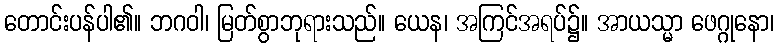
တောင်းပန်ပါ၏။ ဘဂဝါ၊ မြတ်စွာဘုရားသည်။ ယေန၊ အကြင်အရပ်၌။ အာယသ္မာ ဖေဂ္ဂုနော၊